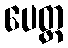
ပေတ္ထ